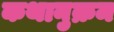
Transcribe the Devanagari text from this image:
कथानुक्रम